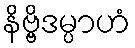
နိဗ္ဗိဒမ္ပာဟံ